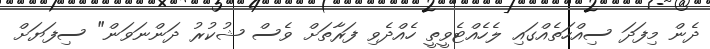
ދެން މިފަދަ ސިއްހަތެއްގައި ލެހެެއްޓެވީތީ ހެއްދެވި ފަރާތަށް ވެސް ޝުކުރު ދަންނަވަން" ސިފަޔަށް